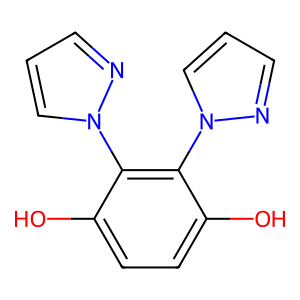
SMILES: Oc1ccc(O)c(-n2cccn2)c1-n1cccn1
Inhibits HIV replication: Yes